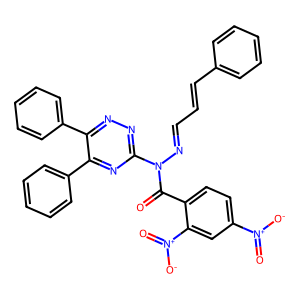
SMILES: O=C(c1ccc([N+](=O)[O-])cc1[N+](=O)[O-])N(N=CC=Cc1ccccc1)c1nnc(-c2ccccc2)c(-c2ccccc2)n1
Inhibits HIV replication: No